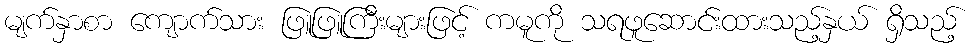
မျက်နှာစာ ကျောက်သား ဖြူဖြူကြီးများဖြင့် ကမူကို သရဖူဆောင်းထားသည့်နှယ် ရှိသည့်